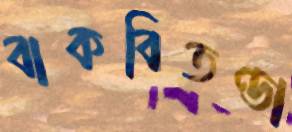
বাকবিতণ্ডা